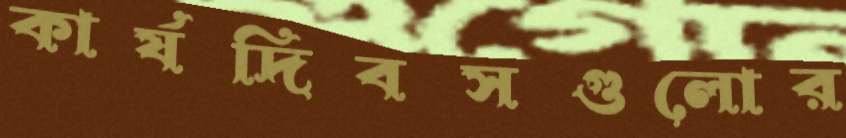
কার্যদিবসগুলোর